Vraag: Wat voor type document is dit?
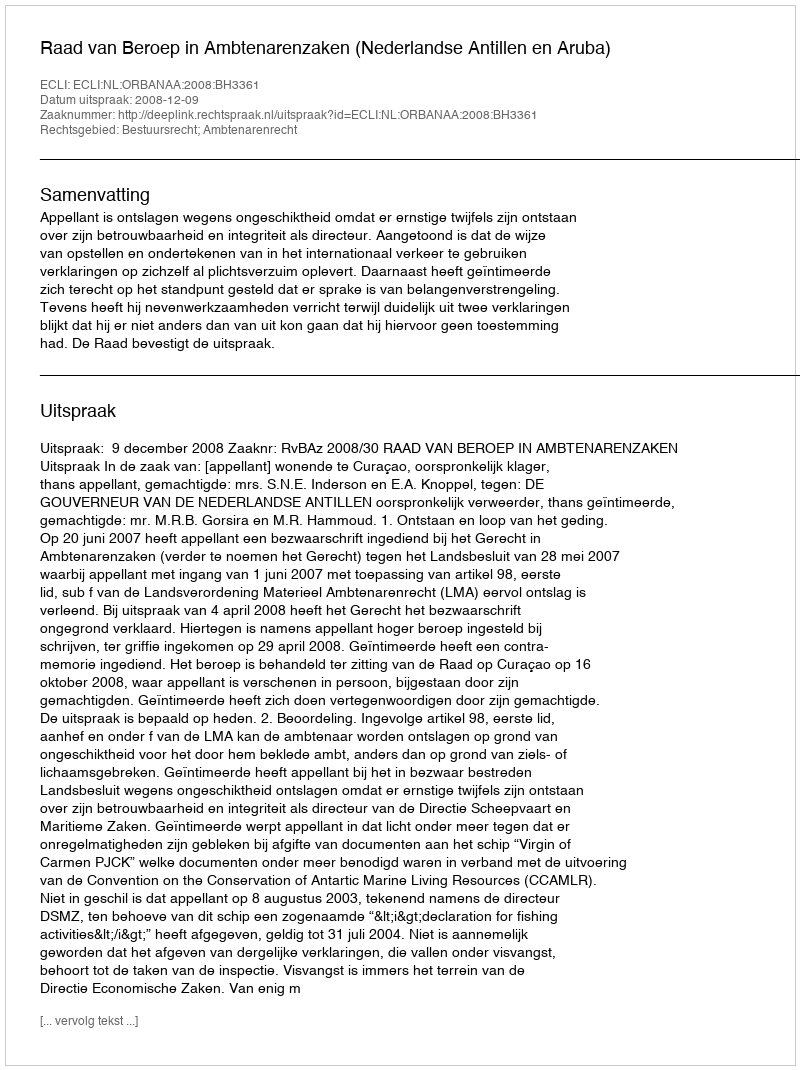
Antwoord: Uitspraak